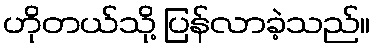
ဟိုတယ်သို့ ပြန်လာခဲ့သည်။